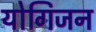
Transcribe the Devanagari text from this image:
योगिजन